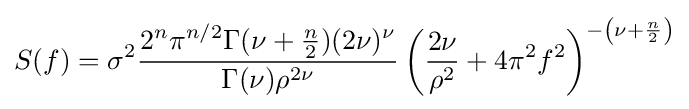
S(f)=\sigma ^{2}{\frac {2^{n}\pi ^{n/2}\Gamma (\nu +{\frac {n}{2}})(2\nu )^{\nu }}{\Gamma (\nu )\rho ^{2\nu }}}\left({\frac {2\nu }{\rho ^{2}}}+4\pi ^{2}f^{2}\right)^{-\left(\nu +{\frac {n}{2}}\right)}